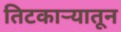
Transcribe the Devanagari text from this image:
तिटकाऱ्यातून